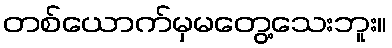
တစ်ယောက်မှမတွေ့သေးဘူး။